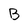
Character: B